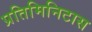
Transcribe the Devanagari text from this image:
प्रतिमिनिटास